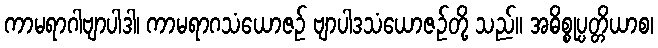
ကာမရာဂါဗျာပါဒါ၊ ကာမရာဂသံယောဇဉ် ဗျာပါဒသံယောဇဉ်တို့ သည်။ အဓိစ္စုပ္ပတ္တိယာစ၊